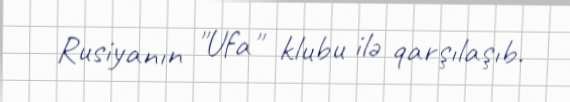
Rusiyanın "Ufa" klubu ilə qarşılaşıb.